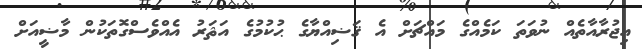
އިޖުރާއާތެއް ނުވަތަ ކަމެއްގެ މައްޗަށް އެ ޤަޟިއްޔާގެ ޙުކުމުގެ އަޘަރު އެއްވެސްގޮތަކުން މާޟީއަށް